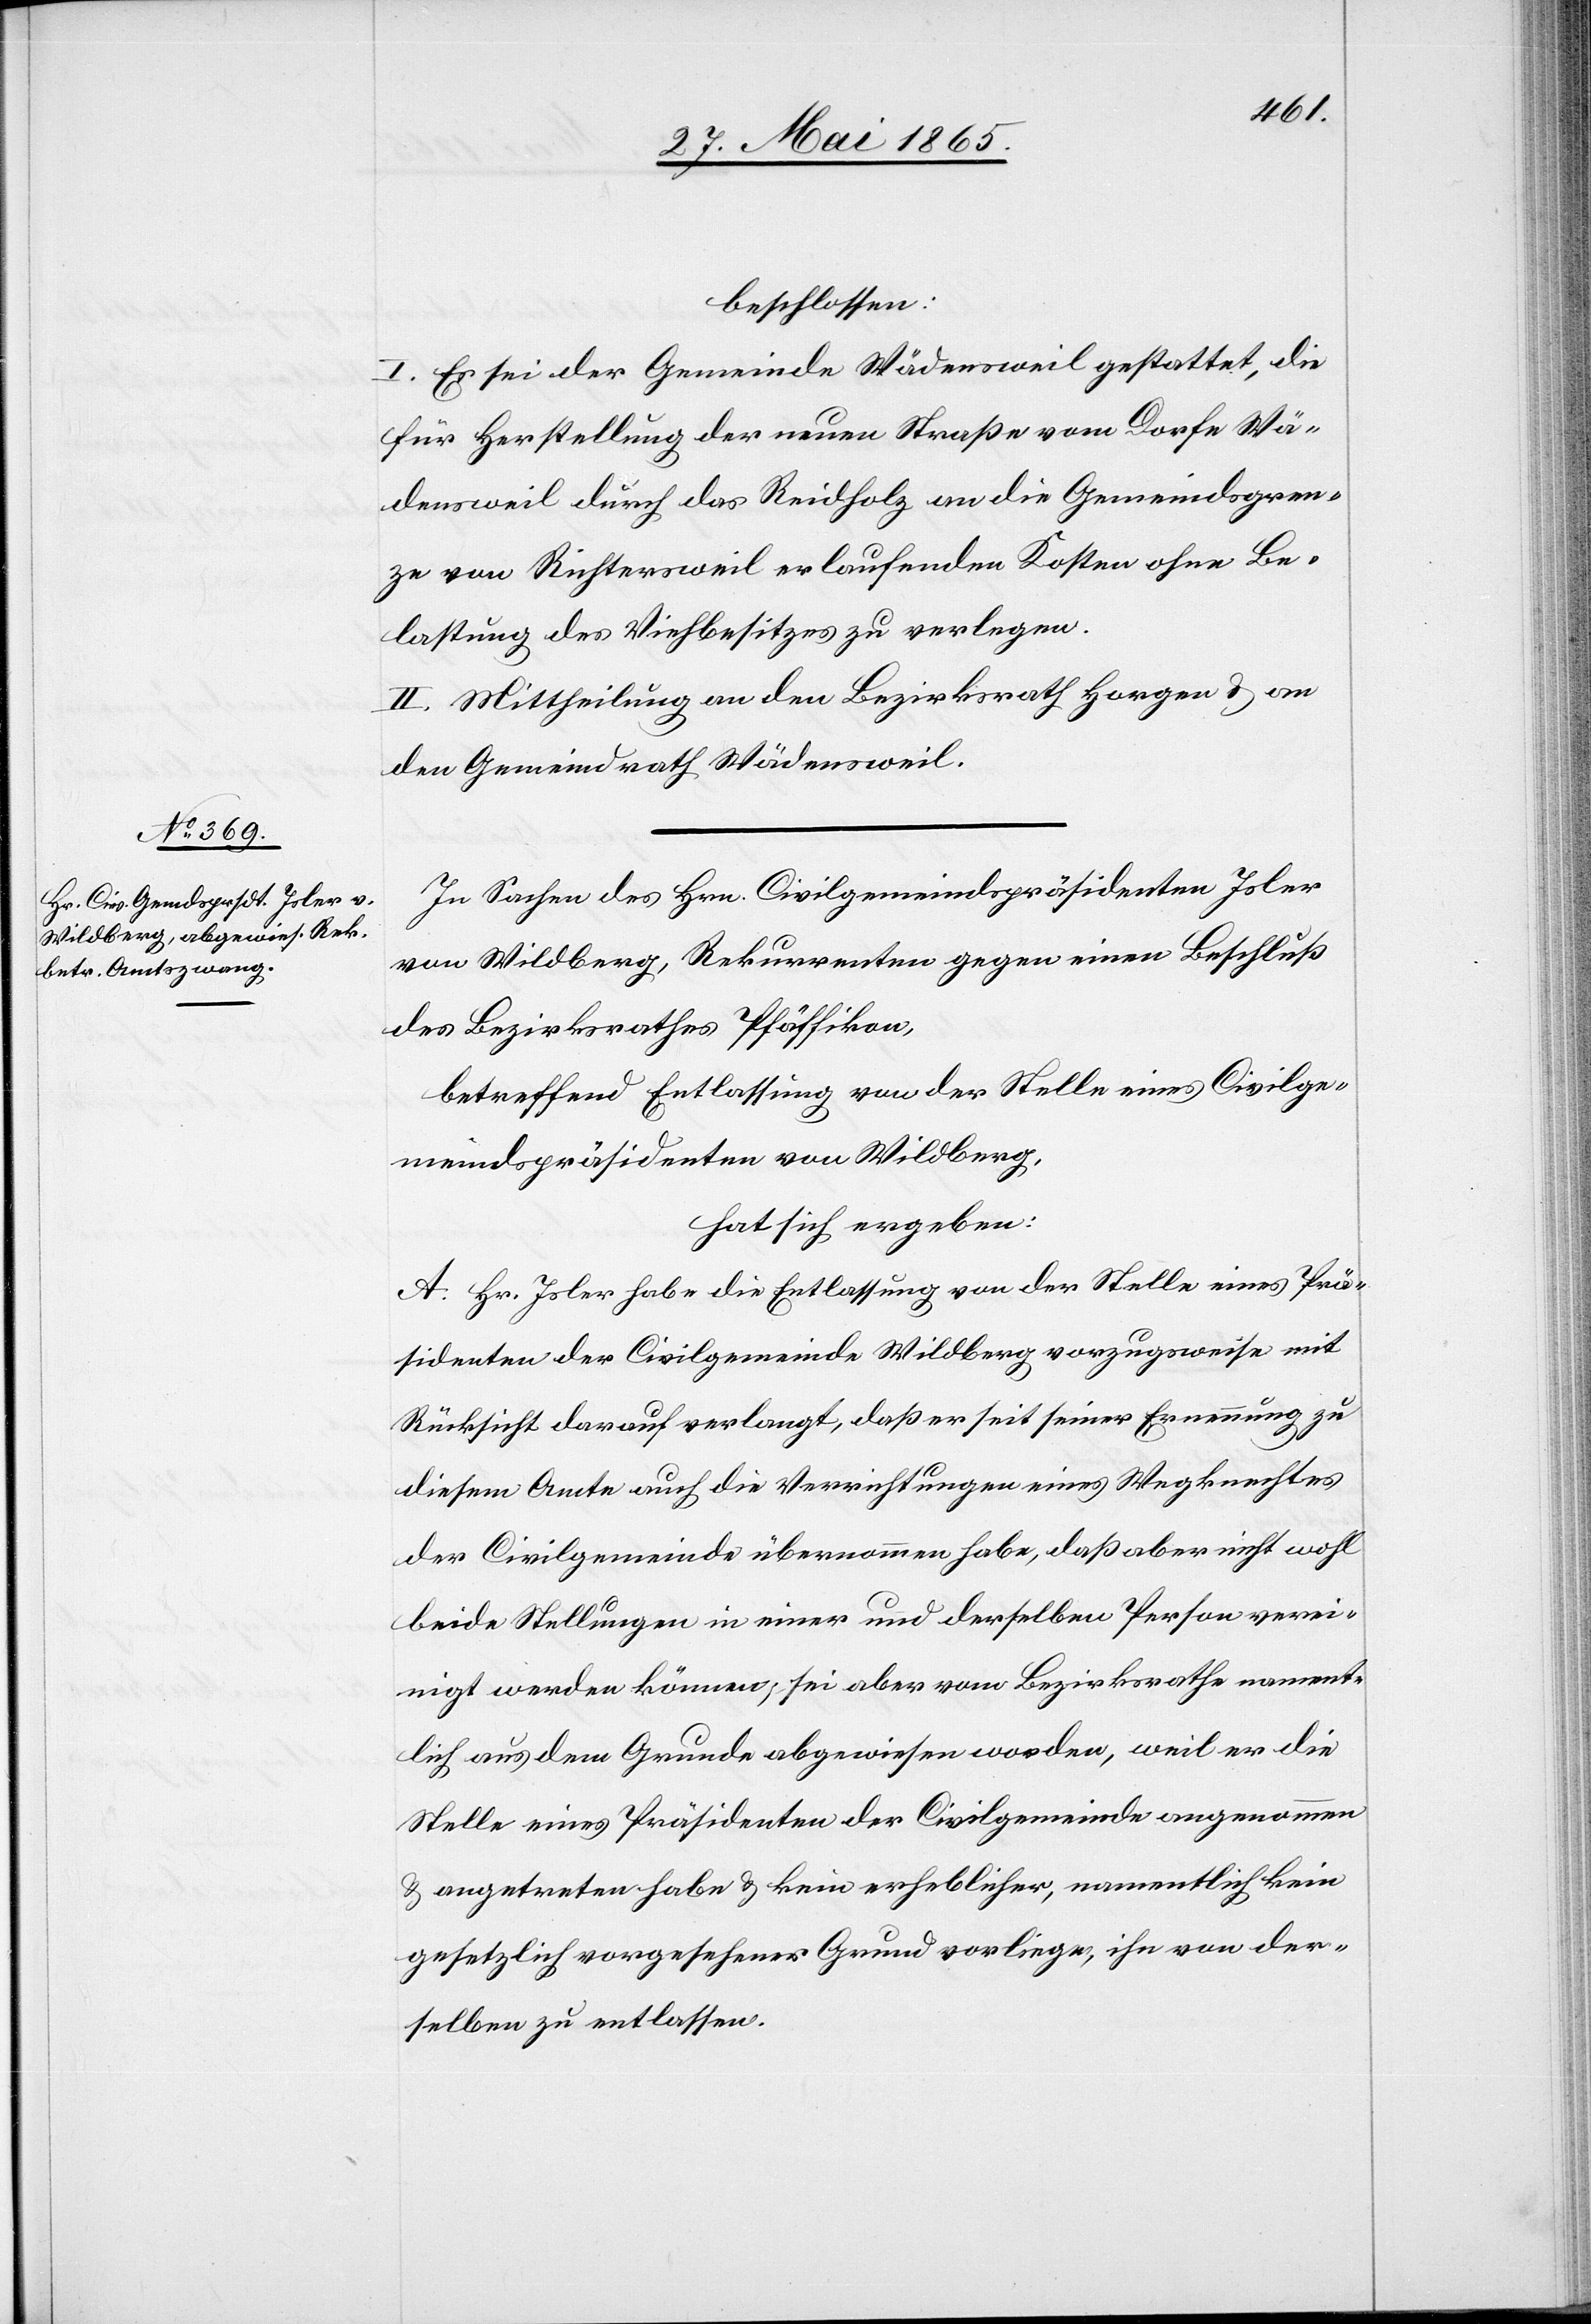
beschlossen:
I. Es sei der Gemeinde Wädensweil gestattet, die
für Herstellung der neuen Straße vom Dorfe Wä¬
densweil durch das Reidholz an die Gemeindsgren¬
ze von Richtersweil erlaufenden Kosten ohne Be¬
lastung des Viehbesitzes zu verlegen.
II. Mittheilung an den Bezirksrath Horgen & an
den Gemeindrath Wädensweil.
In Sachen des Hrn. Civilgemeindspräsidenten Isler
von Wildberg, Rekurrenten gegen einen Beschluß
des Bezirksrathes Pfäffikon,
betreffend Entlassung von der Stelle eines Civilge¬
meindspräsidenten von Wildberg,
hat sich ergeben:
A. Hr. Isler habe die Entlassung von der Stelle eines Prä¬
sidenten der Civilgemeinde Wildberg vorzugsweise mit
Rücksicht darauf verlangt, daß er seit seiner Ernennung zu
diesem Amte auch die Verrichtungen eines Wegknechtes
der Civilgemeinde übernommen habe, daß aber nicht wohl
beide Stellungen in einer und derselben Person verei¬
nigt werden können, sei aber vom Bezirksrathe nament¬
lich aus dem Grunde abgewiesen worden, weil er die
Stelle eines Präsidenten der Civilgemeinde angenommen
& angetreten habe & kein erheblicher, namentlich kein
gesetzlich vorgesehener Grund vorliege, ihn von der¬
selben zu entlassen.